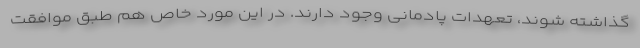
گذاشته شوند، تعهدات پادمانی وجود دارند. در این مورد خاص هم طبق موافقت